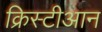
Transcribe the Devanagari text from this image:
क्रिस्टीआन